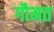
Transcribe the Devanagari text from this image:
गौमत